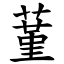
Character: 蓳